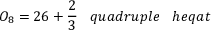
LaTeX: O _ { 8 } = 2 6 + { \frac { 2 } { 3 } } \; \; \; q u a d r u p l e \; \; \; h e q a t